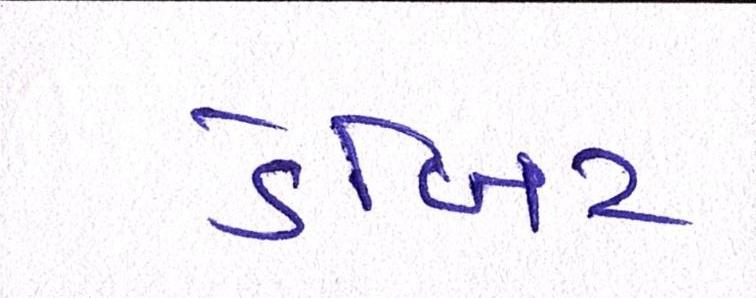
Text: ડેબિટ